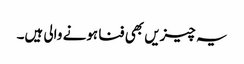
یہ چیزیں بھی فنا ہونے والی ہیں۔